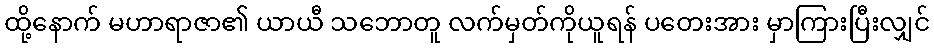
ထို့နောက် မဟာရာဇာ၏ ယာယီ သဘောတူ လက်မှတ်ကိုယူရန် ပတေးအား မှာကြားပြီးလျှင်